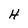
Character: H